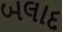
બલાદ